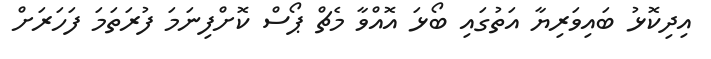
އިދިކޮޅު ބައިވަރިޔާ އަތުގައި ބޯޅަ އޮއްވާ މެޗް ޕޯސް ކޮށްފިނަމަ ފުރަތަމަ ފަހަރަށް